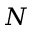
N